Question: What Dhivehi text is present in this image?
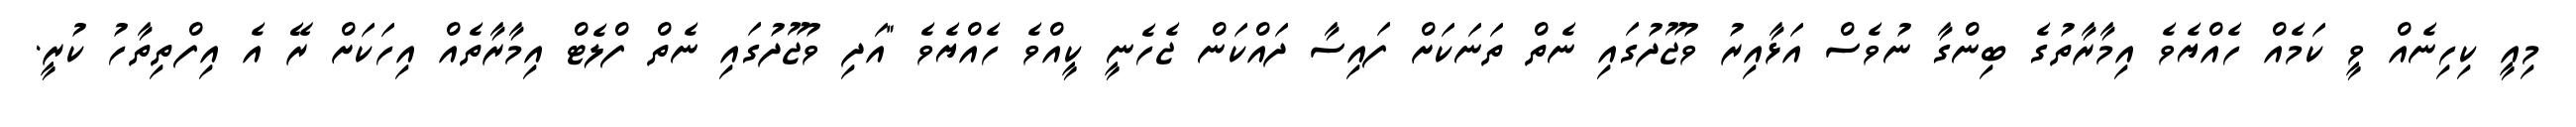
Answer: މިއީ ކިހިނެއް ވީ ކަމެއް ހެއްޔެވެ އިމާރާތުގެ ބިންގާ ނުވެސް އަޅާއިރު ވުޖޫދުގައި ނެތް ތަނަކަށް ފައިސާ ދައްކަން ޖެހެނީ ކީއްވެ ހެއްޔެވެ "އަދި ވުޖޫދުގައި ނެތް ފްލެޓް އިމާރާތެއް އިހަކަށް ރޭ އެ އިފްތިތާހު ކުރީ.